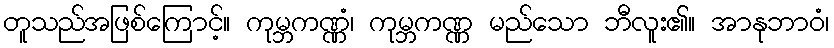
တူသည်အဖြစ်ကြောင့်။ ကုမ္ဘကဏ္ဏံ၊ ကုမ္ဘကဏ္ဏ မည်သော ဘီလူး၏။ အာနုဘာဝံ၊